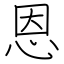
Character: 恩